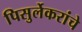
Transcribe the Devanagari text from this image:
पिसुर्लेकरांचे